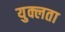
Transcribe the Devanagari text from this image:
युक्लता